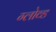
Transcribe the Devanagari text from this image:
ग्लोव्ड